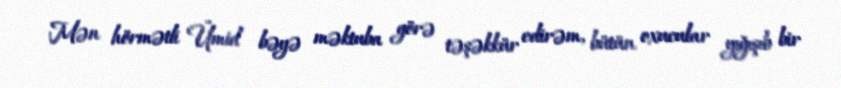
Mən hörmətli Ümid bəyə məktuba görə təşəkkür edirəm, bütün oxucular yığışıb bir